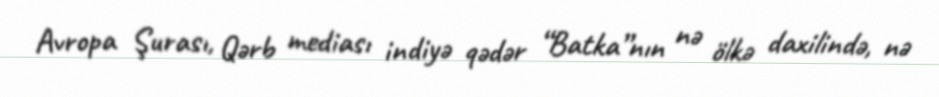
Avropa Şurası, Qərb mediası indiyə qədər “Batka”nın nə ölkə daxilində, nə